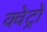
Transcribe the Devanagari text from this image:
क्वेट्रो